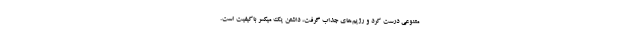
متنوعی درست کرد و رژیم‌های جذاب گرفت، داشتن یک میکسر با‌کیفیت است.